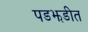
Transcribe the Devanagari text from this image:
पडझडीत